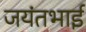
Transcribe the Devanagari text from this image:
जयंतभाई